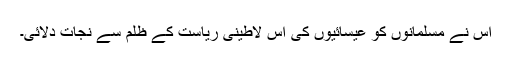
اُس نے مسلمانوں کو عیسائیوں کی اس لاطینی ریاست کے ظلم سے نجات دلائی۔